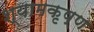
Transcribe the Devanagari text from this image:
श्यामकृष्ण